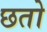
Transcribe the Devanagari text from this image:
छतो